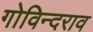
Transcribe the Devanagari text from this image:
गोविन्दराव